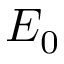
E _ { 0 }